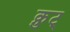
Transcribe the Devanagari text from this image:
क्नुट्